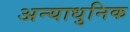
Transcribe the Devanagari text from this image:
अन्याधुनिक